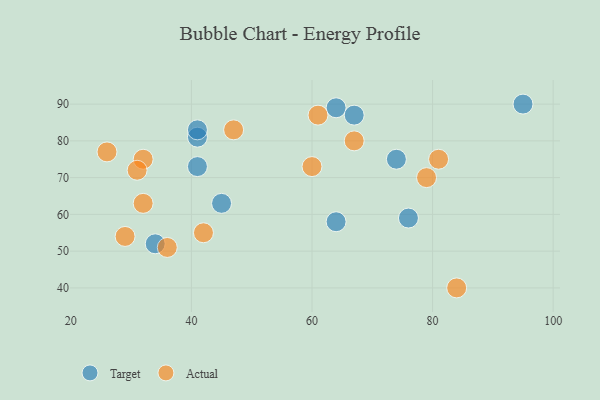
{"axis": {"x": "GDP", "y": "Life Expectancy"}, "legend": ["Actual", "Target"], "data": [{"x": "74", "y": 75, "type": "Target"}, {"x": "76", "y": 59, "type": "Target"}, {"x": "64", "y": 58, "type": "Target"}, {"x": "95", "y": 90, "type": "Target"}, {"x": "34", "y": 52, "type": "Target"}, {"x": "45", "y": 63, "type": "Target"}, {"x": "41", "y": 81, "type": "Target"}, {"x": "64", "y": 89, "type": "Target"}, {"x": "41", "y": 73, "type": "Target"}, {"x": "67", "y": 87, "type": "Target"}, {"x": "41", "y": 83, "type": "Target"}, {"x": "81", "y": 75, "type": "Actual"}, {"x": "79", "y": 70, "type": "Actual"}, {"x": "32", "y": 63, "type": "Actual"}, {"x": "26", "y": 77, "type": "Actual"}, {"x": "67", "y": 80, "type": "Actual"}, {"x": "32", "y": 75, "type": "Actual"}, {"x": "36", "y": 51, "type": "Actual"}, {"x": "29", "y": 54, "type": "Actual"}, {"x": "61", "y": 87, "type": "Actual"}, {"x": "84", "y": 40, "type": "Actual"}, {"x": "47", "y": 83, "type": "Actual"}, {"x": "42", "y": 55, "type": "Actual"}, {"x": "60", "y": 73, "type": "Actual"}, {"x": "31", "y": 72, "type": "Actual"}]}